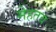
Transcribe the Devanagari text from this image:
मेहतव